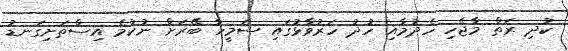
ކުދި ރަތް މާޖެހި ހެދުމާއި ހުދު ހަރުވާޅުގައި ސަމީހާ ބޭރަށް ނުކުމެ އިސްތަށިގަނޑު